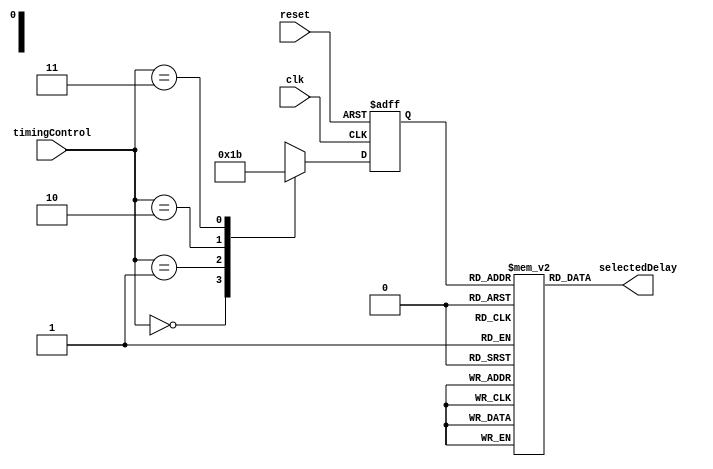
module TimingControlSyncBlocksMultiplexerDelay(
    input [1:0] timingControl,
    input clk,
    input reset,
    output reg [3:0] selectedDelay
);

reg [3:0] delayValues [0:3]; // Array of delay values
reg [1:0] delaySelection; // Variable to store the selected delay index

// Initialize delay values
initial begin
    delayValues[0] = 4'b0000; // Assign appropriate delay values here
    delayValues[1] = 4'b0011;
    delayValues[2] = 4'b0110;
    delayValues[3] = 4'b1111;
end

// Synchronization and delay selection logic
always @(posedge clk or posedge reset) begin
    if (reset) begin
        delaySelection <= 2'b00; // Default delay selection
    end else begin
        case (timingControl)
            2'b00: delaySelection <= 2'b00; // Select delay based on timingControl
            2'b01: delaySelection <= 2'b01; 
            2'b10: delaySelection <= 2'b10; 
            2'b11: delaySelection <= 2'b11; 
        endcase
    end
end

// Output selected delay value
always @* begin
    selectedDelay = delayValues[delaySelection];
end

endmodule